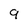
Character: 9